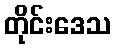
တိုင်းဒေသ